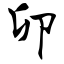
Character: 卯